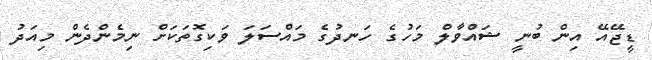
ޑީޖޭއޭ އިން ބުނީ ޝައްވާލް މަހުގެ ހަނދުގެ މައްސަލަ ވަކިގޮތަކަށް ނިމެންދެން މިއަދު